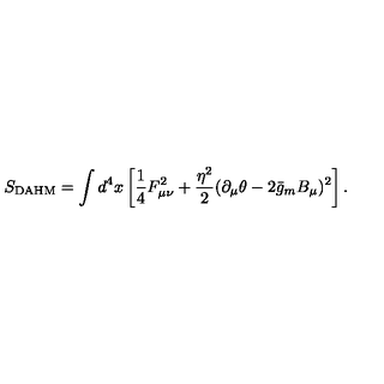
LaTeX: S _ { \mathrm { D A H M } } = \int d ^ { 4 } x \left[ \frac 1 4 F _ { \mu \nu } ^ { 2 } + \frac { \eta ^ { 2 } } { 2 } ( \partial _ { \mu } \theta - 2 \bar { g } _ { m } B _ { \mu } ) ^ { 2 } \right] .